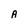
Character: A